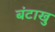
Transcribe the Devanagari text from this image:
बंटाखु